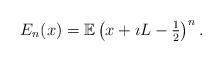
LaTeX: \begin{align*}E_{n}(x) = \mathbb{E} \left( x + \imath L - \tfrac{1}{2} \right)^{n}.\end{align*}